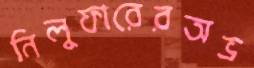
নিলুফারেরঅভ্র